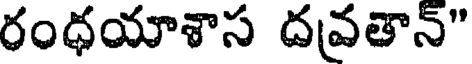
రంధయాశాస దవతాన్"